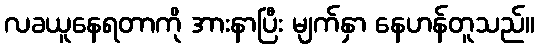
လခယူနေရတာကို အားနာပြီး မျက်နှာ နေဟန်တူသည်။